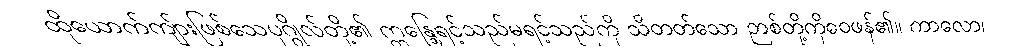
ထိုယောက်ကျ်ားဖြစ်သေပုဂ္ဂိုလ်တို့၏ ဣန္ဒြေရင့်သည်မရင့်သည်ကို သိတတ်သော ဉာစ်တို့ကိုဝေဖန်၏။ ကာလော၊